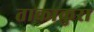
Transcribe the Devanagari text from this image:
ताकाकुरा